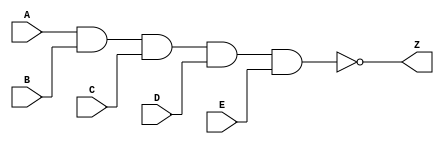
// --------------------------------------------------------------------
// >>>>>>>>>>>>>>>>>>>>>>>>> COPYRIGHT NOTICE <<<<<<<<<<<<<<<<<<<<<<<<<
// --------------------------------------------------------------------
// Copyright (c) 2005 by Lattice Semiconductor Corporation
// --------------------------------------------------------------------
//
//
//                     Lattice Semiconductor Corporation
//                     5555 NE Moore Court
//                     Hillsboro, OR 97214
//                     U.S.A.
//
//                     TEL: 1-800-Lattice  (USA and Canada)
//                          1-408-826-6000 (other locations)
//
//                     web: http://www.latticesemi.com/
//
// --------------------------------------------------------------------
//
// Simulation Library File for SC
//
// $Header: /home/dmsys/pvcs/RCSMigTest/rcs/verilog/pkg/versclibs/data/orca5/RCS/ND5.v,v 1.3 2005/05/19 19:06:51 pradeep Exp $ 
//
`resetall
`timescale 1 ns / 1 ps

`celldefine

module  ND5  (A, B, C, D, E, Z);
  input A, B, C, D, E ;
  output Z;

  nand (Z, A, B, C, D, E);


endmodule 

`endcelldefine